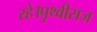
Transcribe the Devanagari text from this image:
रहे।पृथ्वीराज